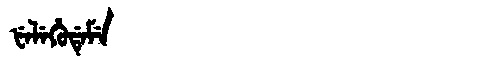
Manchu: ᡶᡝᠯᡝᡥᡠᡩᡝᠮᡝ
Romanization: FELEHUDEME